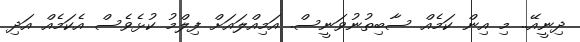
ދިނީއޭ.. މި އިން ކަމެއް ސާބިތުނުވަނީސް. އަމިއްލައަށް ފިލްމު ކުޅެވެސް އެކަމެއް އަދި